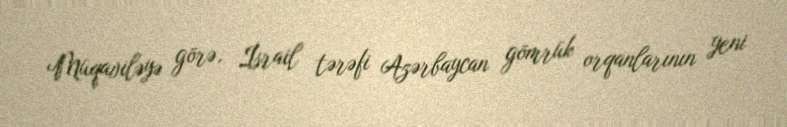
Müqaviləyə görə, İsrail tərəfi Azərbaycan gömrük orqanlarının yeni